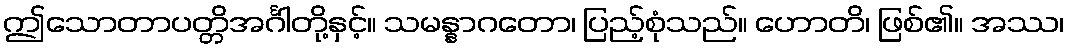
ဤသောတာပတ္တိအင်္ဂါတို့နှင့်။ သမန္နာဂတော၊ ပြည့်စုံသည်။ ဟောတိ၊ ဖြစ်၏။ အဿ၊